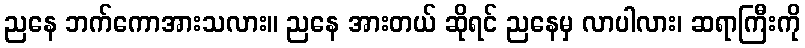
ညနေ ဘက်ကောအားသလား။ ညနေ အားတယ် ဆိုရင် ညနေမှ လာပါလား၊ ဆရာကြီးကို